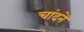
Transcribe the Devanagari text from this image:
चांदने